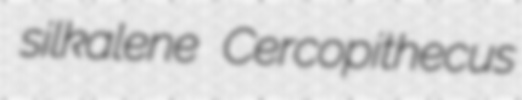
silkalene Cercopithecus